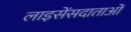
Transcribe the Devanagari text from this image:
लाइसेंसदाताओं